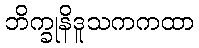
ဘိက္ခုနိဒူသကကထာ